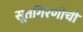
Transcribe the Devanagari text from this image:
सूतगिरणीची